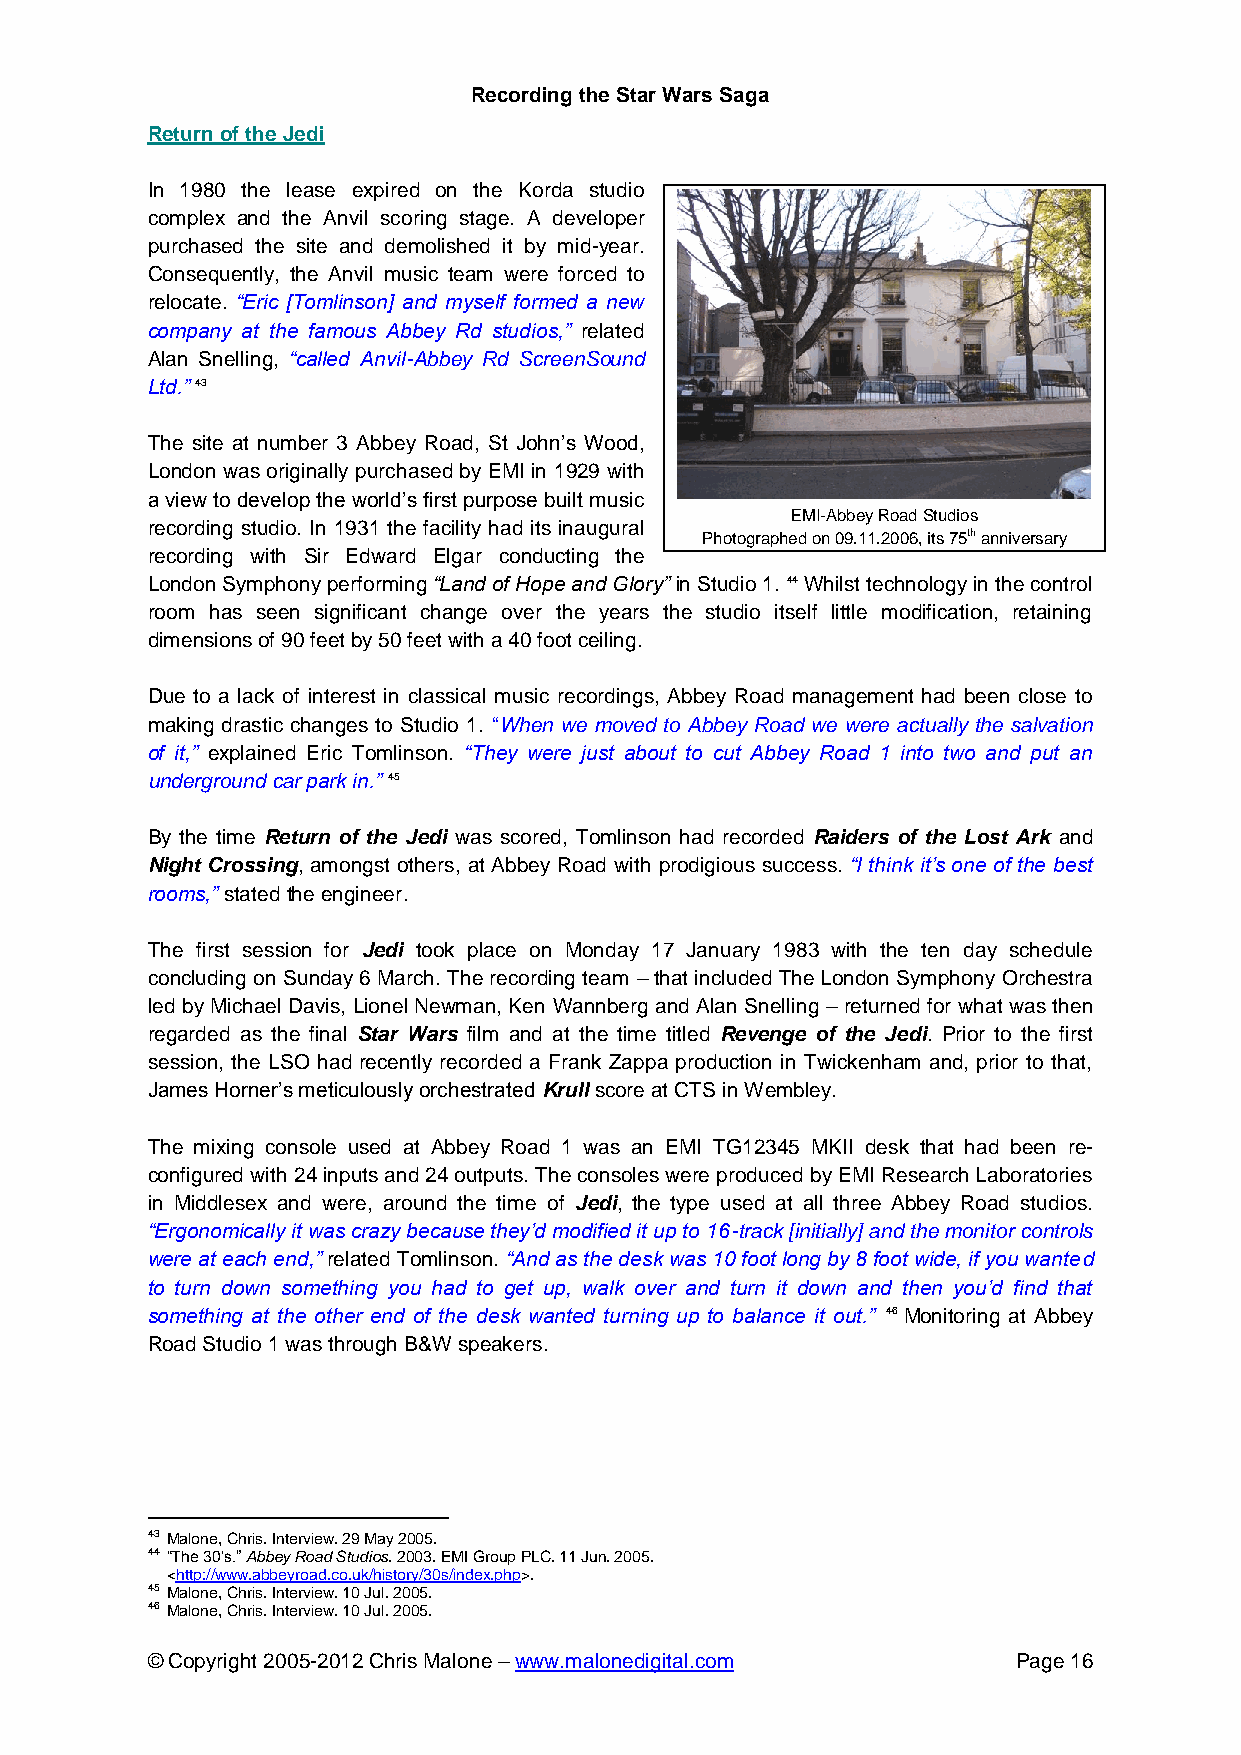
Recording the Star Wars Saga
 Return of the Jedi
 In 1980 the lease expired on the Korda studio
 complex and the Anvil scoring stage. A developer
 purchased the site and demolished it by mid-year.
 Consequently, the Anvil music team were forced to
 relocate. “Eric [Tomlinson] and myself formed a new
 company at the famous Abbey Rd studios,” related
 Alan Snelling, “called Anvil-Abbey Rd ScreenSound
 Ltd.” 43
 The site at number 3 Abbey Road, St John’s Wood,
 London was originally purchased by EMI in 1929 with
 a view to develop the world’s first purpose built music
 EMI-Abbey Road Studios
 recording studio. In 1931 the facility had its inaugural
 Photographed on 09.11.2006, its 75th anniversary
 recording with Sir Edward Elgar conducting the
 London Symphony performing “Land of Hope and Glory” in Studio 1. 44 Whilst technology in the control
 room has seen significant change over the years the studio itself little modification, retaining
 dimensions of 90 feet by 50 feet with a 40 foot ceiling.
 Due to a lack of interest in classical music recordings, Abbey Road management had been close to
 making drastic changes to Studio 1. “When we moved to Abbey Road we were actually the salvation
 of it,” explained Eric Tomlinson. “They were just about to cut Abbey Road 1 into two and put an
 underground car park in.” 45
 By the time Return of the Jedi was scored, Tomlinson had recorded Raiders of the Lost Ark and
 Night Crossing, amongst others, at Abbey Road with prodigious success. “I think it’s one of the best
 rooms,” stated the engineer.
 The first session for Jedi took place on Monday 17 January 1983 with the ten day schedule
 concluding on Sunday 6 March. The recording team – that included The London Symphony Orchestra
 led by Michael Davis, Lionel Newman, Ken Wannberg and Alan Snelling – returned for what was then
 regarded as the final Star Wars film and at the time titled Revenge of the Jedi. Prior to the first
 session, the LSO had recently recorded a Frank Zappa production in Twickenham and, prior to that,
 James Horner’s meticulously orchestrated Krull score at CTS in Wembley.
 The mixing console used at Abbey Road 1 was an EMI TG12345 MKII desk that had been re-
 configured with 24 inputs and 24 outputs. The consoles were produced by EMI Research Laboratories
 in Middlesex and were, around the time of Jedi, the type used at all three Abbey Road studios.
 “Ergonomically it was crazy because they’d modified it up to 16-track [initially] and the monitor controls
 were at each end,” related Tomlinson. “And as the desk was 10 foot long by 8 foot wide, if you wanted
 to turn down something you had to get up, walk over and turn it down and then you’d find that
 something at the other end of the desk wanted turning up to balance it out.” 46 Monitoring at Abbey
 Road Studio 1 was through B&W speakers.
 43 Malone, Chris. Interview. 29 May 2005.
 44 “The 30’s.” Abbey Road Studios. 2003. EMI Group PLC. 11 Jun. 2005.
 <http://www.abbeyroad.co.uk/history/30s/index.php>.
 45 Malone, Chris. Interview. 10 Jul. 2005.
 46 Malone, Chris. Interview. 10 Jul. 2005.
 © Copyright 2005-2012 Chris Malone – www.malonedigital.com Page 16